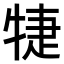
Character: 𤙶